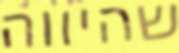
שהיווה